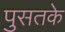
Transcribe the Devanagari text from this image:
पुसतके